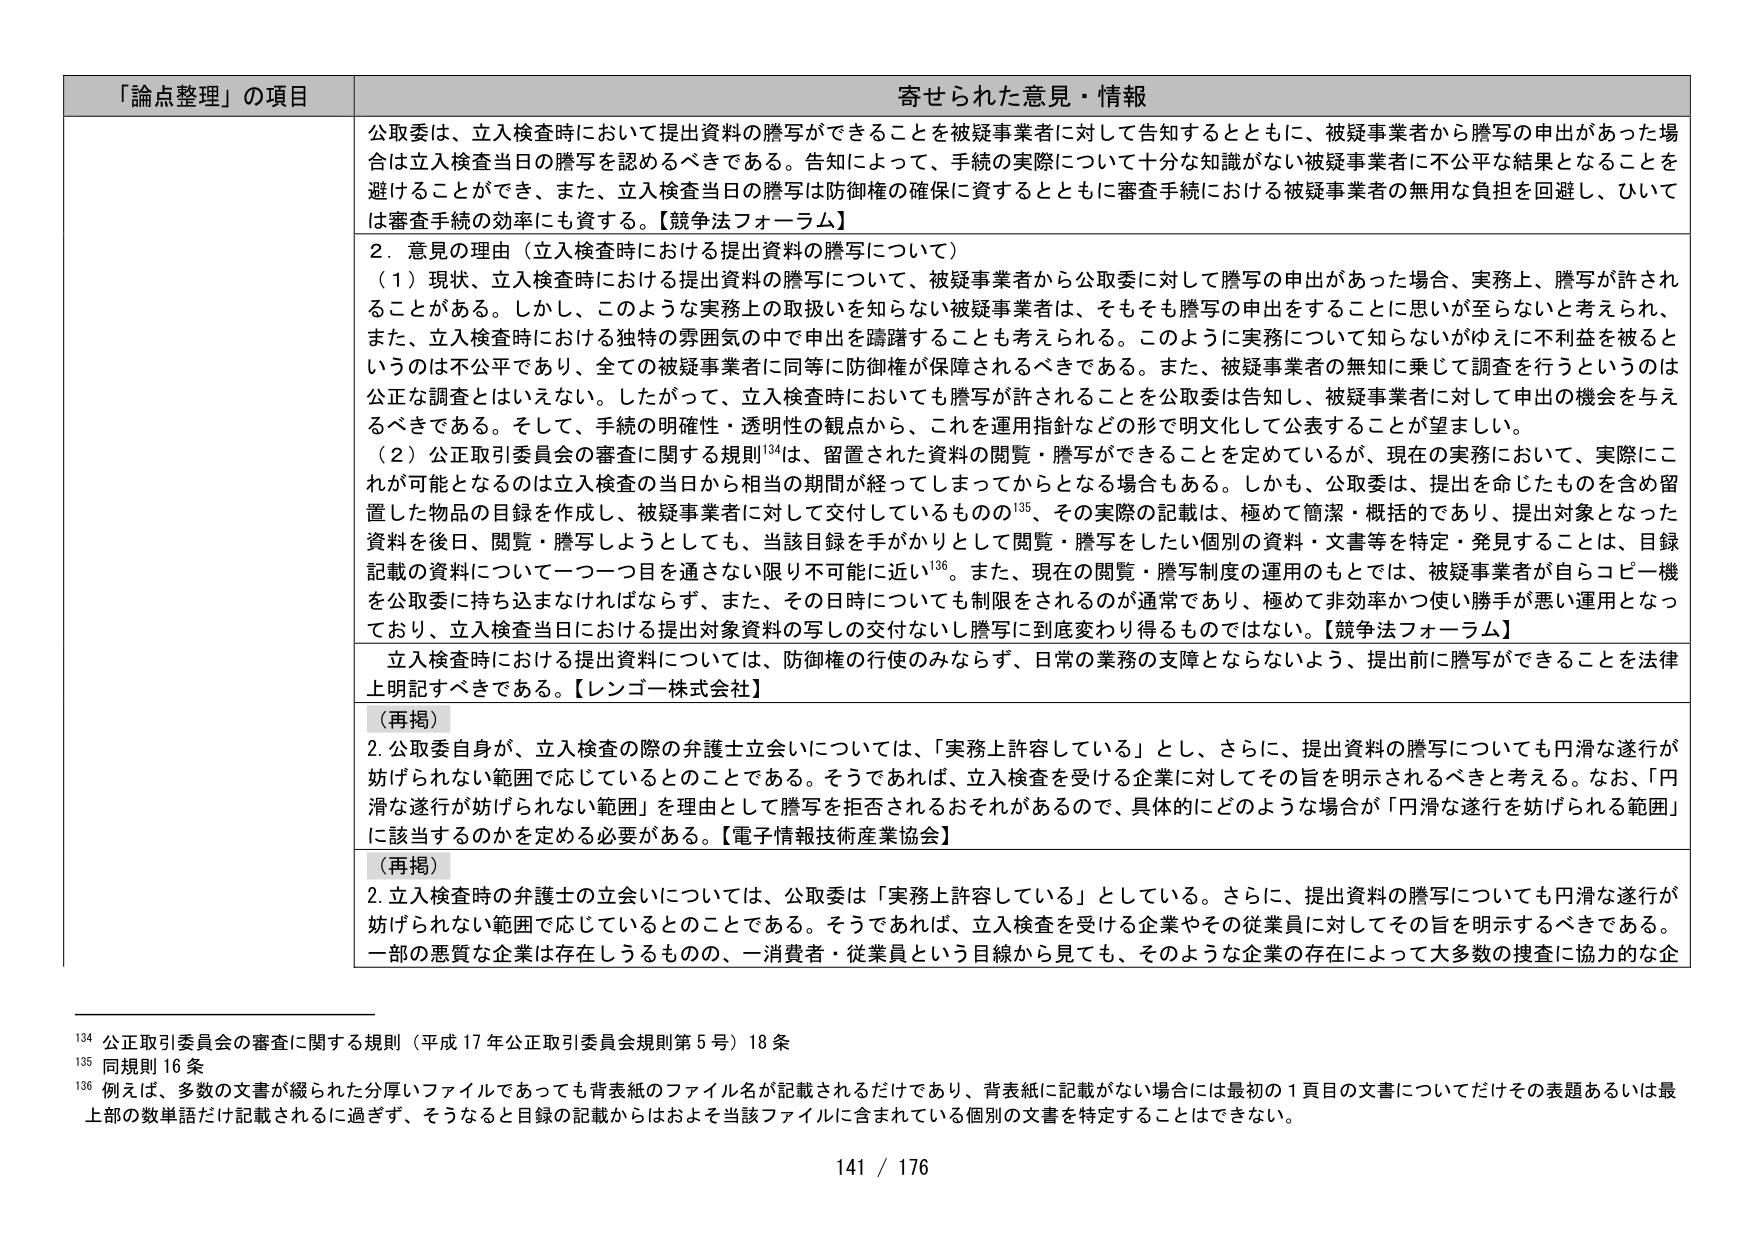
「論点整理」の項目 寄せられた意見・情報

公取委は、立入検査時において提出資料の謄写ができることを被疑事業者に対して告知するとともに、被疑事業者から謄写の申出があった場合は立入検査当日の謄写を認めるべきである。告知によって、手続の実際について十分な知識がない被疑事業者に不公平な結果となることを避けることができ、また、立入検査当日の謄写は防御権の確保に資するとともに審査手続における被疑事業者の無用な負担を回避し、ひいては審査手続の効率にも資する。【競争法フォーラム】

2. 意見の理由（立入検査時における提出資料の謄写について）
（1）現状、立入検査時における提出資料の謄写について、被疑事業者から公取委に対して謄写の申出があった場合、実務上、謄写が許されることがある。しかし、このような実務上の取扱いを知らない被疑事業者は、そもそも謄写の申出をすることに思いが至らないと考えられ、また、立入検査時における独特の雰囲気の中で申出を躊躇することも考えられる。このように実務について知らないがゆえに不利益を被るというのは不公平であり、全ての被疑事業者に同等に防御権が保障されるべきである。また、被疑事業者の無知に乗じて調査を行うというのは公正な調査とはいえない。したがって、立入検査時においても謄写が許されることを公取委は告知し、被疑事業者に対して申出の機会を与えるべきである。そして、手続の明確性・透明性の観点から、これを運用指針などの形で明文化して公表することが望ましい。
（2）公正取引委員会の審査に関する規則134は、留置された資料の閲覧・謄写ができることを定めているが、現在の実務において、実際にこれが可能となるのは立入検査の当日から相当の期間が経ってしまってからとなる場合もある。しかも、公取委は、提出を命じたものを含め留置した物品の目録を作成し、被疑事業者に対して交付しているものの135、その実際の記載は、極めて簡潔・概括的であり、提出対象となった資料を後日、閲覧・謄写しようとしても、当該目録を手がかりとして閲覧・謄写をしたい個別の資料・文書等を特定・発見することは、目録記載の資料について一つ一つ目を通さない限り不可能に近い136。また、現在の閲覧・謄写制度の運用のもとでは、被疑事業者が自らコピー機を公取委に持ち込まなければならないが、また、その日時についても制限されるのが通常であり、極めて非効率かつ使い勝手が悪い運用となっており、立入検査当日における提出対象資料の写しの交付ないし謄写に到底変わり得るものではない。【競争法フォーラム】

立入検査時における提出資料については、防御権の行使のみならず、日常の業務の支障とならないよう、提出前に謄写ができることを法律上明記すべきである。【レンゴー株式会社】

（再掲）
2. 公取委自身が、立入検査の際の弁護士立会いについては、「実務上許容している」とし、さらに、提出資料の謄写についても円滑な遂行が妨げられない範囲で応じているとのことである。そうであれば、立入検査を受ける企業に対してその旨を明示されるべきと考える。なお、「円滑な遂行が妨げられない範囲」を理由として謄写を拒否されるおそれがあるので、具体的にどのような場合が「円滑な遂行を妨げられる範囲」に該当するのかを定める必要がある。【電子情報技術産業協会】

（再掲）
2. 立入検査時の弁護士の立会いについては、公取委は「実務上許容している」としている。さらに、提出資料の謄写についても円滑な遂行が妨げられない範囲で応じているとのことである。そうであれば、立入検査を受ける企業やその従業員に対してその旨を明示するべきである。一部の悪質な企業は存在しうるものので、一消費者・従業員という目線から見ても、そのような企業の存在によって大多数の捜査に協力的な企

134 公正取引委員会の審査に関する規則（平成17年公正取引委員会規則第5号）18条
135 同規則16条
136 例えば、多数の文書が綴られた分厚いファイルであっても背表紙のファイル名が記載されるだけであり、背表紙に記載がない場合には最初の1頁目の文書についてだけその表題あるいは最上部の数単語だけ記載されるに過ぎず、そうなると目録の記載からはおよそ当該ファイルに含まれている個別の文書を特定することはできない。

141 / 176